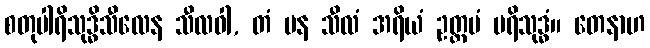
စတုပါရိသုဒ္ဓိသီလေန သီလဝါ, တံ ပန သီလံ အရိယံ ဥတ္တမံ ပရိသုဒ္ဓံ။ တေနာဟ